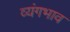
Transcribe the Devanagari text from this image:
व्यंगभाव